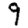
Digit: 9